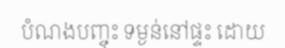
បំណងបញ្ចុះ ទម្ងន់នៅផ្ទះ ដោយ